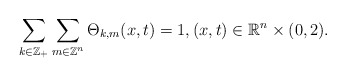
\begin{align*}\sum\limits_{k \in \mathbb{Z}_{+}}\sum\limits_{m \in \mathbb{Z}^{n}}\Theta_{k,m}(x,t)=1, (x,t) \in \mathbb{R}^{n} \times (0,2).\end{align*}